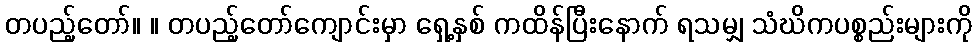
တပည့်တော်။ ။ တပည့်တော်ကျောင်းမှာ ရှေ့နှစ် ကထိန်ပြီးနောက် ရသမျှ သံဃိကပစ္စည်းများကို